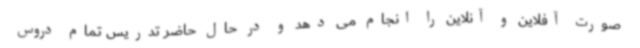
صورت آفلاین و آنلاین را انجام می دهد و در حال حاضر تدریس تمام دروس